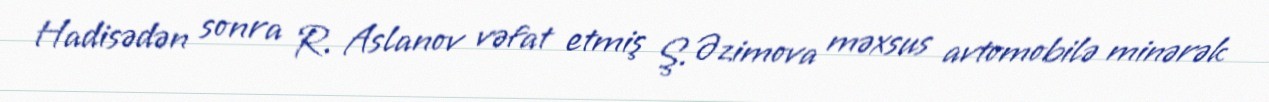
Hadisədən sonra R. Aslanov vəfat etmiş Ş. Əzimova məxsus avtomobilə minərək